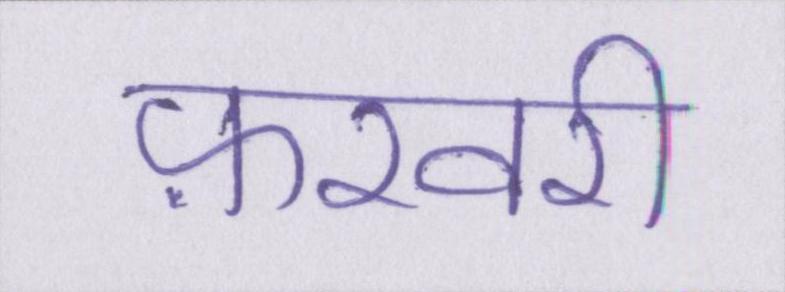
फ़रवरी